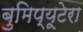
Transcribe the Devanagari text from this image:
बुमिप्यूटेरा